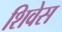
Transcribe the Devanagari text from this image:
शिवेस